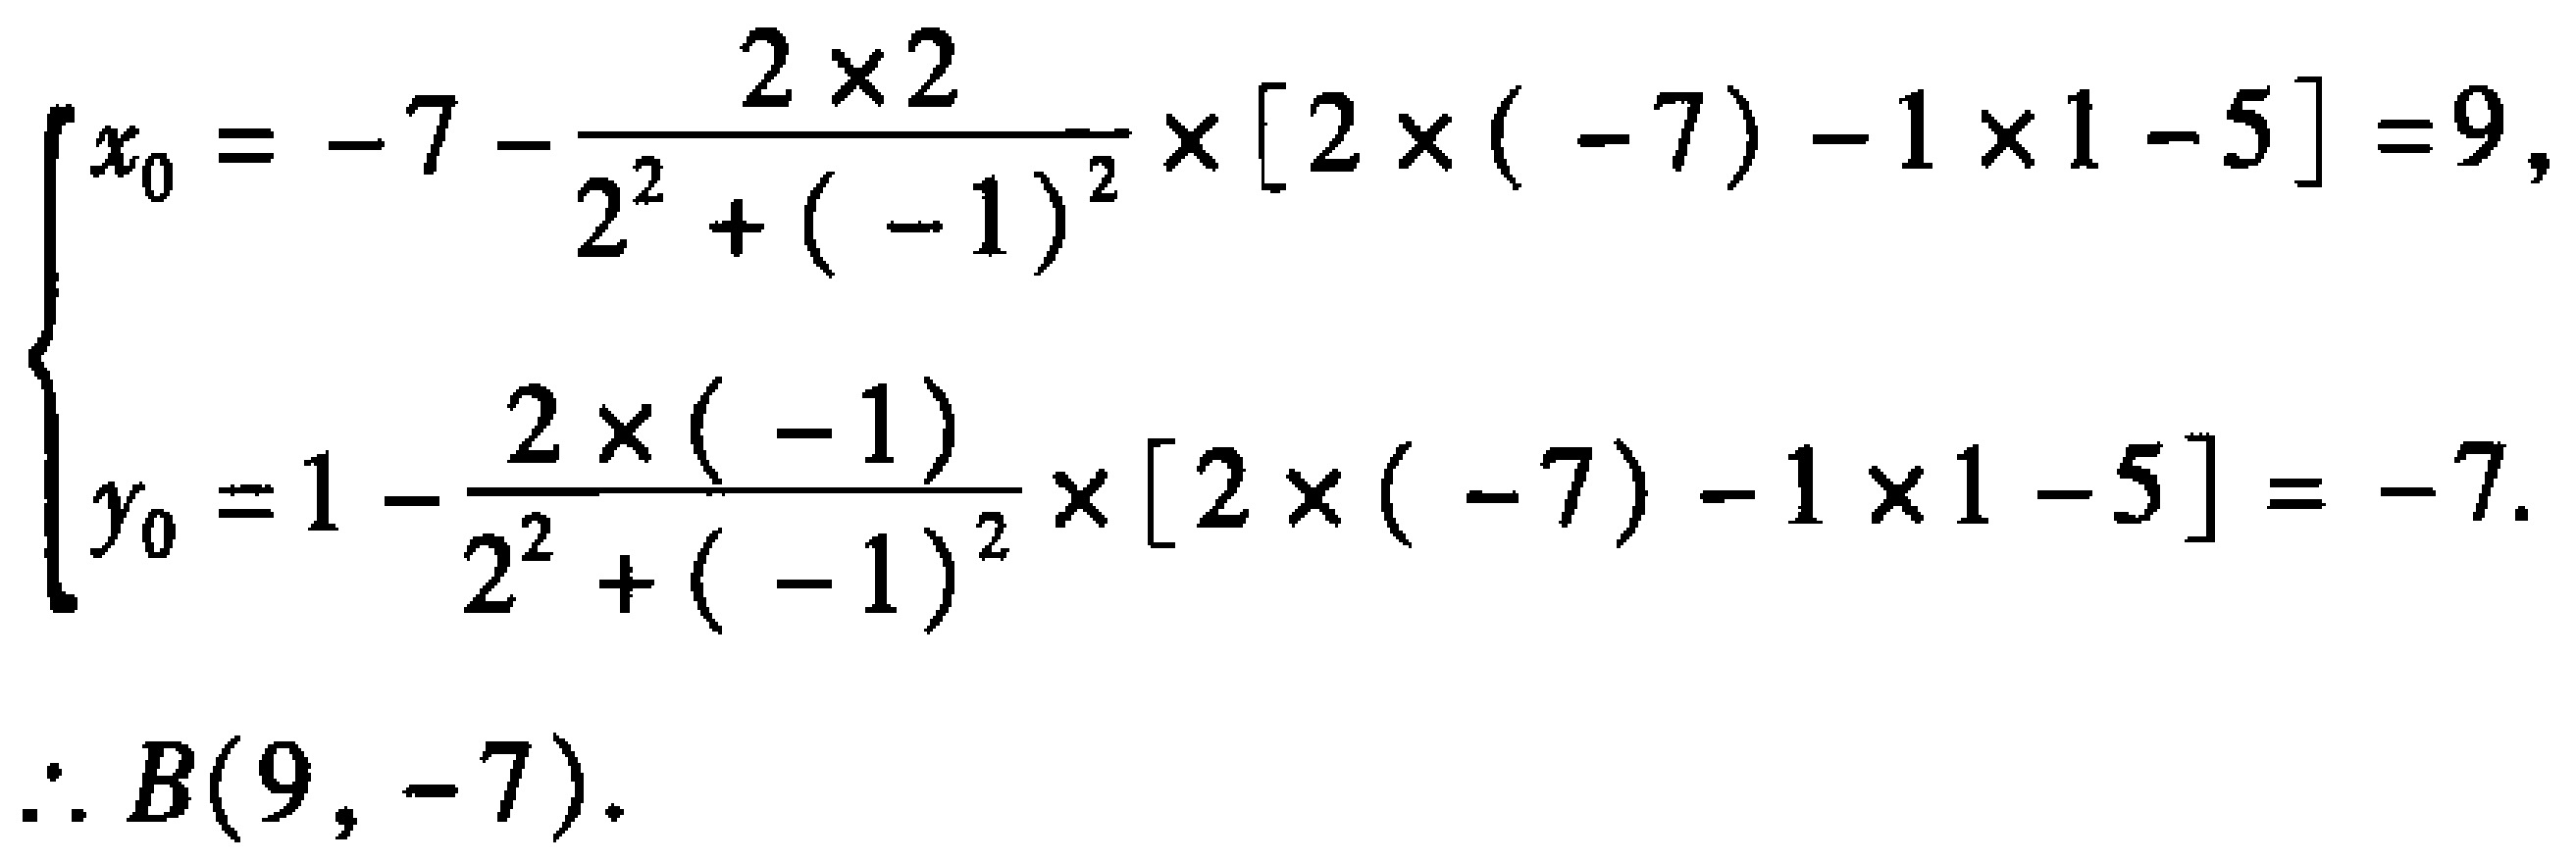
\[
\begin{cases}
x_0 = - 7 - \frac{2\times2}{2^{2}+(-1)^{2}}\times[2\times(-7)-1\times1 - 5]=9,\\
y_0 = 1 - \frac{2\times(-1)}{2^{2}+(-1)^{2}}\times[2\times(-7)-1\times1 - 5]= - 7.
\end{cases}
\]
\(\therefore B(9, - 7)\).